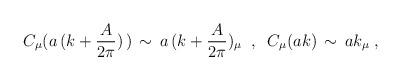
LaTeX: \begin{align*}C_{\mu} (a \, (k + \frac{A}{2 \pi}) \,) \, \sim \, a \,(k +\frac{A}{2 \pi})_{\mu}\;\; , \;\; C_{\mu} (a k ) \, \sim \, a k_{\mu} \;,\end{align*}